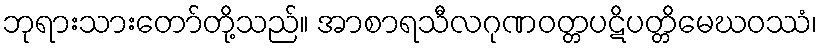
ဘုရားသားတော်တို့သည်။ အာစာရသီလဂုဏဝတ္တပဋိပတ္တိမေဃဝဿံ၊